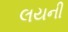
લયની